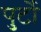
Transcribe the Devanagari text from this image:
पुर्टो